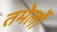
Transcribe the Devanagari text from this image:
तमेर्लो